Annual report of the Civil Veterinary Department, Bengal, for the year 1897-98 - 1897-1898
Year: 1897
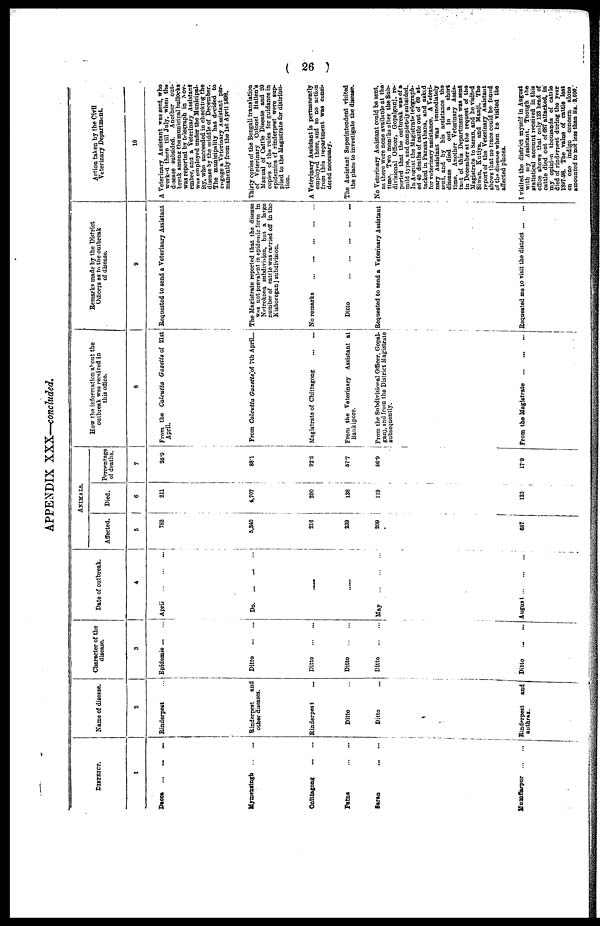
( 26 )
APPENDIX XXX—concluded.
DISTRICT.
1
Dacca ... ... ...
Mymensingh
...
...
Onittagong
...
...
Patna
...
...
Saran
... ...
Muzaffarpur
...
...
Name of disease.
2
Rinderpest ...
Rinderpest
and
other diseases.
Rinderpest ...
Ditto ...
Ditto
Rinderpest
and
authrax.
Character of the
disease.
3
Epidemic ... ...
Ditto
...
...
Ditto
...
...
Ditto
...
...
Ditto
Ditto ... ...
Date of outbreak.
4
April
...
...
...
Do.
...
...
...
......
......
May
...
...
...
August ... ... ...
Affected.
5
782
5,340
216
239
209
|
687
I
Animals.
Died.
6
211
4,707
200
138
119
123
Percentage
of deaths.
7
26.9
88.1
92.5
577
56.9
17.9
How the information about the
outbreak was received in
this office.
8
From the Calcutta Gazette of 21st
April.
From Calcutta Gazette of 7th April...
Magistrate of Chittagong
...
...
From the Veterinary Assistant at
Bankipore.
From the Subdivisional Officer, Gopal-
ganj, and from the District Magistrate
subsequently.
From the Magistrate ... ... ...
Remarks made by the District
Officers as to the outbreak
of disease.
9
Requested to send a Veterinary Assistant
The Magistrate reported that the disease
was not prevalent in epidemic form in
Netrokona subdivision, but a large
number of cattle was carried off in the
Kishoreganj subdivision.
No remarks
...
...
...
...
...
Ditto
...
...
...
...
...
Requested to send a Veterinary Assistant
Requested me to visit the district ... ...
Action taken by the Civil
Veterinary Department.
10
A Veterinary Assistant was sent, who
worked there till July, when the
disease subsided. Another out-
break among the municipal bullocks
was reported by telegraph in Nov-
ember, and a Veterinary Assistant
was employed under the Municipal-
ity, who succeeded in checking the
disease by the middle of December.
The municipality has decided to
engage a Veterinary Assistant per-
manently from the 1st April 1898.
Thirty copies of the Bengali translation
of Veterinary Colonel Hallen's
Manual of Cattle Disease and 20
copies of the rules for guidance in
epidemics of rinderpest were sup-
plied to the Magistrate for distribu-
tion.
A Veterinary Assistant is permanently
employed there, and so no action
from this Department was consi-
dered necessary.
The Assistant Superintendent visited
the place to investigate the disease.
No Veterinary Assistant could be sent.
as there were none available at the
time. Two months after the Sub-
divisional Officer, Gopalganj, re-
ported that the outbreak was of a
mild type, and completely subsided.
In August the Magistrate telegraph-
ed 40 deaths of cattle out of 60 at-
tacked in Parasa thana, and asked
for veterinary assistance. A Veteri-
nary Assistant was immediately
sent, and by his assistance the
disease died out in a short
time. Another Veterinary Assis-
tant of this Department was sent
in December at the request of the
Magistrate to Saran, and he visited
Siwan, Kutiya, and Manji. The
report of the Veterinary Assistant
shows that no trace could be found
of the disease when be visited the
affected places.
I visited the district myself in August
with my Assistant. Though the
statistical account received in this
office shows that only 123 head of
cattle died out of 687 attacked, in
my opinion thousands of cattle
died of rinderpest during the year
1897-98. The value of cattle lost
on one indigo concern alone
amounted to not less than Rs. 3,000.